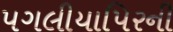
પગલીયાપિરની